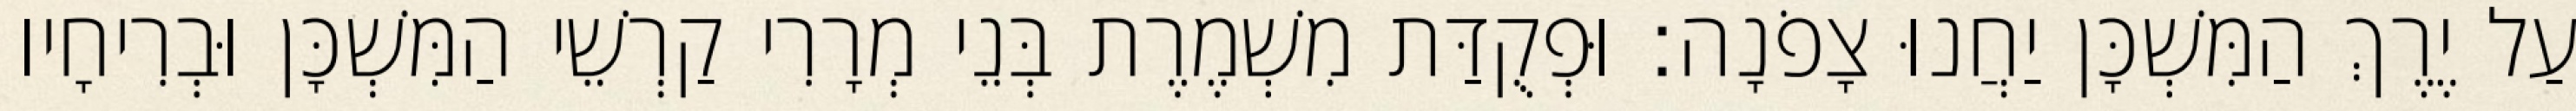
עַל יֶרֶךְ הַמִּשְׁכָּן יַחֲנוּ צָפֹנָה׃ וּפְקֻדַּת מִשְׁמֶרֶת בְּנֵי מְרָרִי קַרְשֵׁי הַמִּשְׁכָּן וּבְרִיחָיו